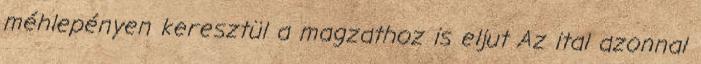
méhlepényen keresztül a magzathoz is eljut Az ital azonnal